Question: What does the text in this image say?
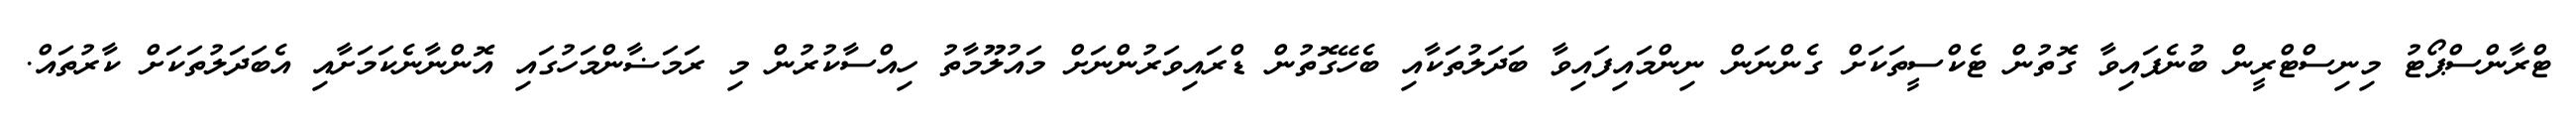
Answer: ޓްރާންސްޕޯޓު މިނިސްޓްރީން ބުނެފައިވާ ގޮތުން ޓެކްސީތަކަށް ގެންނަން ނިންމައިފައިވާ ބަދަލުތަކާއި ބެހޭގޮތުން ޑްރައިވަރުންނަށް މައުލޫމާތު ހިއްސާކުރުން މި ރަމަޟާންމަހުގައި އޮންނާނެކަމަށާއި އެބަދަލުތަކަށް ކާރުތައް.